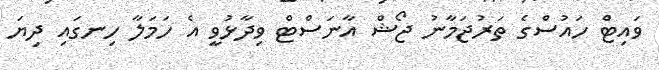
ވައިޓް ހައުސްގެ ތަރުޖަމާނު ޖޯޝް އާނަސްޓް ވިދާޅުވީ އެ ހަމަލާ ހިނގައި ދިޔަ